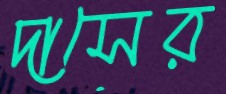
দাসের